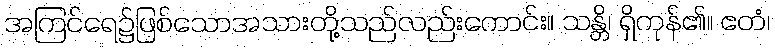
အကြင်ရေ၌ဖြစ်သောအသားတို့သည်လည်းကောင်း။ သန္တိ၊ ရှိကုန်၏။ ဧတံ၊